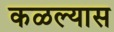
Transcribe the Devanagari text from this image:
कळल्यास